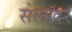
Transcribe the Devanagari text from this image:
सेलॉदर